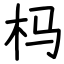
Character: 杩